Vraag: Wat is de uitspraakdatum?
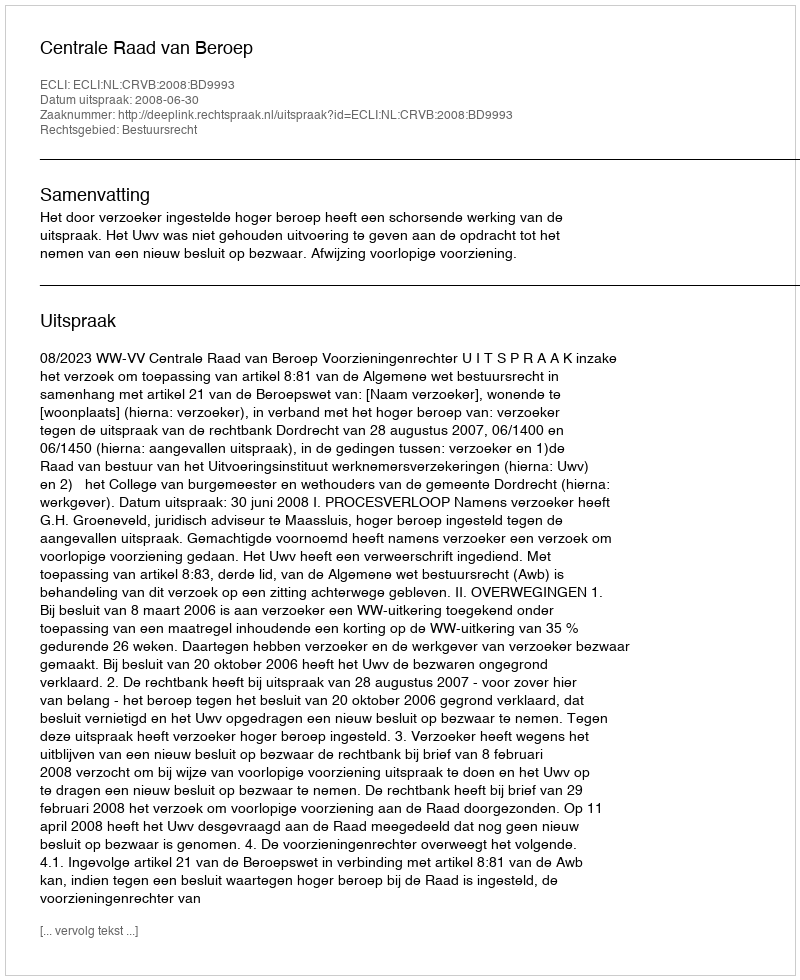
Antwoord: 2008-06-30